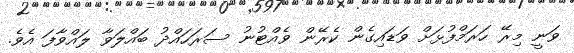
ވަނީ މިރޭ ހަރަމްފުޅަށް ވަޑައިގެން ކެރޭން ވެއްޓުނު ސަރަހައްދު ބައްލަވާ ލައްވާފަ އެވެ.